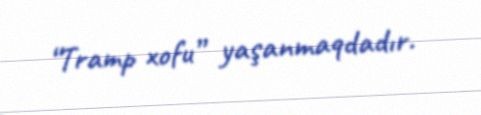
“Tramp xofu” yaşanmaqdadır.